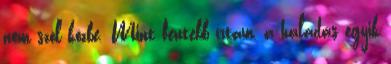
nem szól közbe. Mint fentebb írtam, a haladás egyik